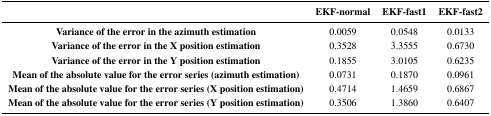
|  | EKF-normal | EKF-fast1 | EKF-fast2 |
 | --- | --- | --- | --- |
 | Variance of the error in the azimuth estimation | 0.0059 | 0.0548 | 0.0133 |
 | Variance of the error in the X position estimation | 0.3528 | 3.3555 | 0.6730 |
 | Variance of the error in the Y position estimation | 0.1855 | 3.0105 | 0.6235 |
 | Mean of the absolute value for the error series (azimuth estimation) | 0.0731 | 0.1870 | 0.0961 |
 | Mean of the absolute value for the error series (X position estimation) | 0.4714 | 1.4659 | 0.6867 |
 | Mean of the absolute value for the error series (Y position estimation) | 0.3506 | 1.3860 | 0.6407 |